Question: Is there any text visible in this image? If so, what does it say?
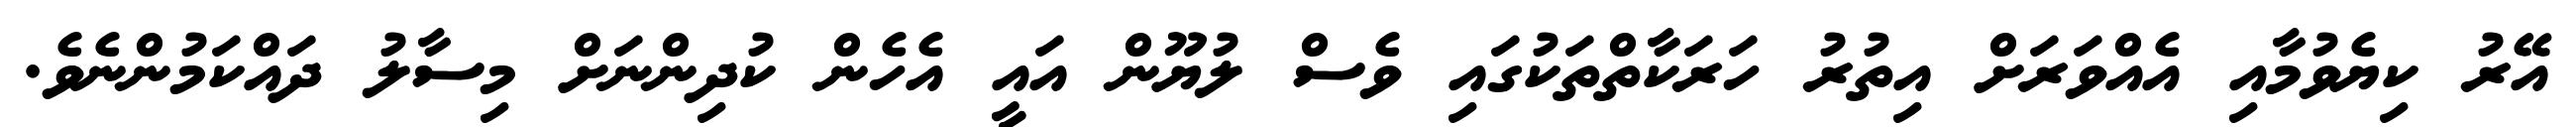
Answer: އޭރު ކިޔެވުމާއި އެއްވަރަށް އިތުރު ހަރަކާތްތަކުގައި ވެސް ލުޔޫން އައީ އެހެން ކުދިންނަށް މިސާލު ދައްކަމުންނެވެ.